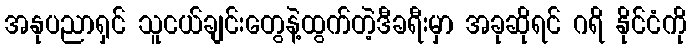
အနုပညာရှင် သူငယ်ချင်းတွေနဲ့ထွက်တဲ့ဒီခရီးမှာ အခုဆိုရင် ဂရိ နိုင်ငံကို